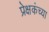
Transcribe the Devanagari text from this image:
प्रेक्षकंच्या